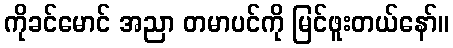
ကိုခင်မောင် အညာ တမာပင်ကို မြင်ဖူးတယ်နော်။